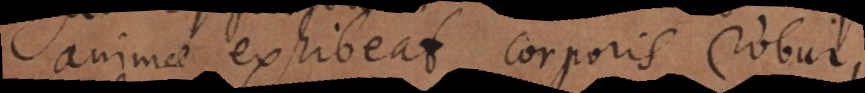
animae exhibeat corporis robur,